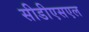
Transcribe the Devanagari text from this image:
सीडीएसएल